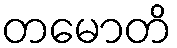
တမောတိ